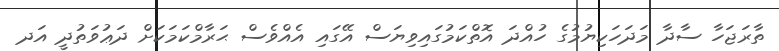
ތާރަޖަހާ ސާދާ މަދަހަކިޔުމުގެ ހުއްދަ އޮތްކަމުގައިވިޔަސް އޭގައި އެއްވެސް ޙަރާމްކަމަކަށް ދަޢުވަތުދީ އަދ